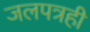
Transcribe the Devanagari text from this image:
जलपत्रही